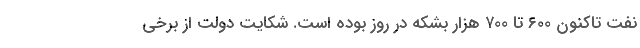
نفت تاکنون ۶۰۰ تا ۷۰۰ هزار بشکه در روز بوده است. شکایت دولت از برخی